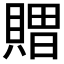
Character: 𮚖